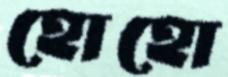
হোহো